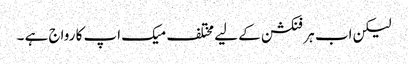
لیکن اب ہر فنکشن کے لیے مختلف میک اپ کا رواج ہے ۔